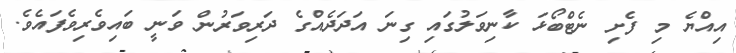
އިއްޔެ މި ފެށި ނެޓްބޯޅަ ކާނިވަލުގައި ގިނަ އަދަދެއްގެ ދަަރިވަރުން ވަނީ ބައިވެރިވެފައެެވެ.